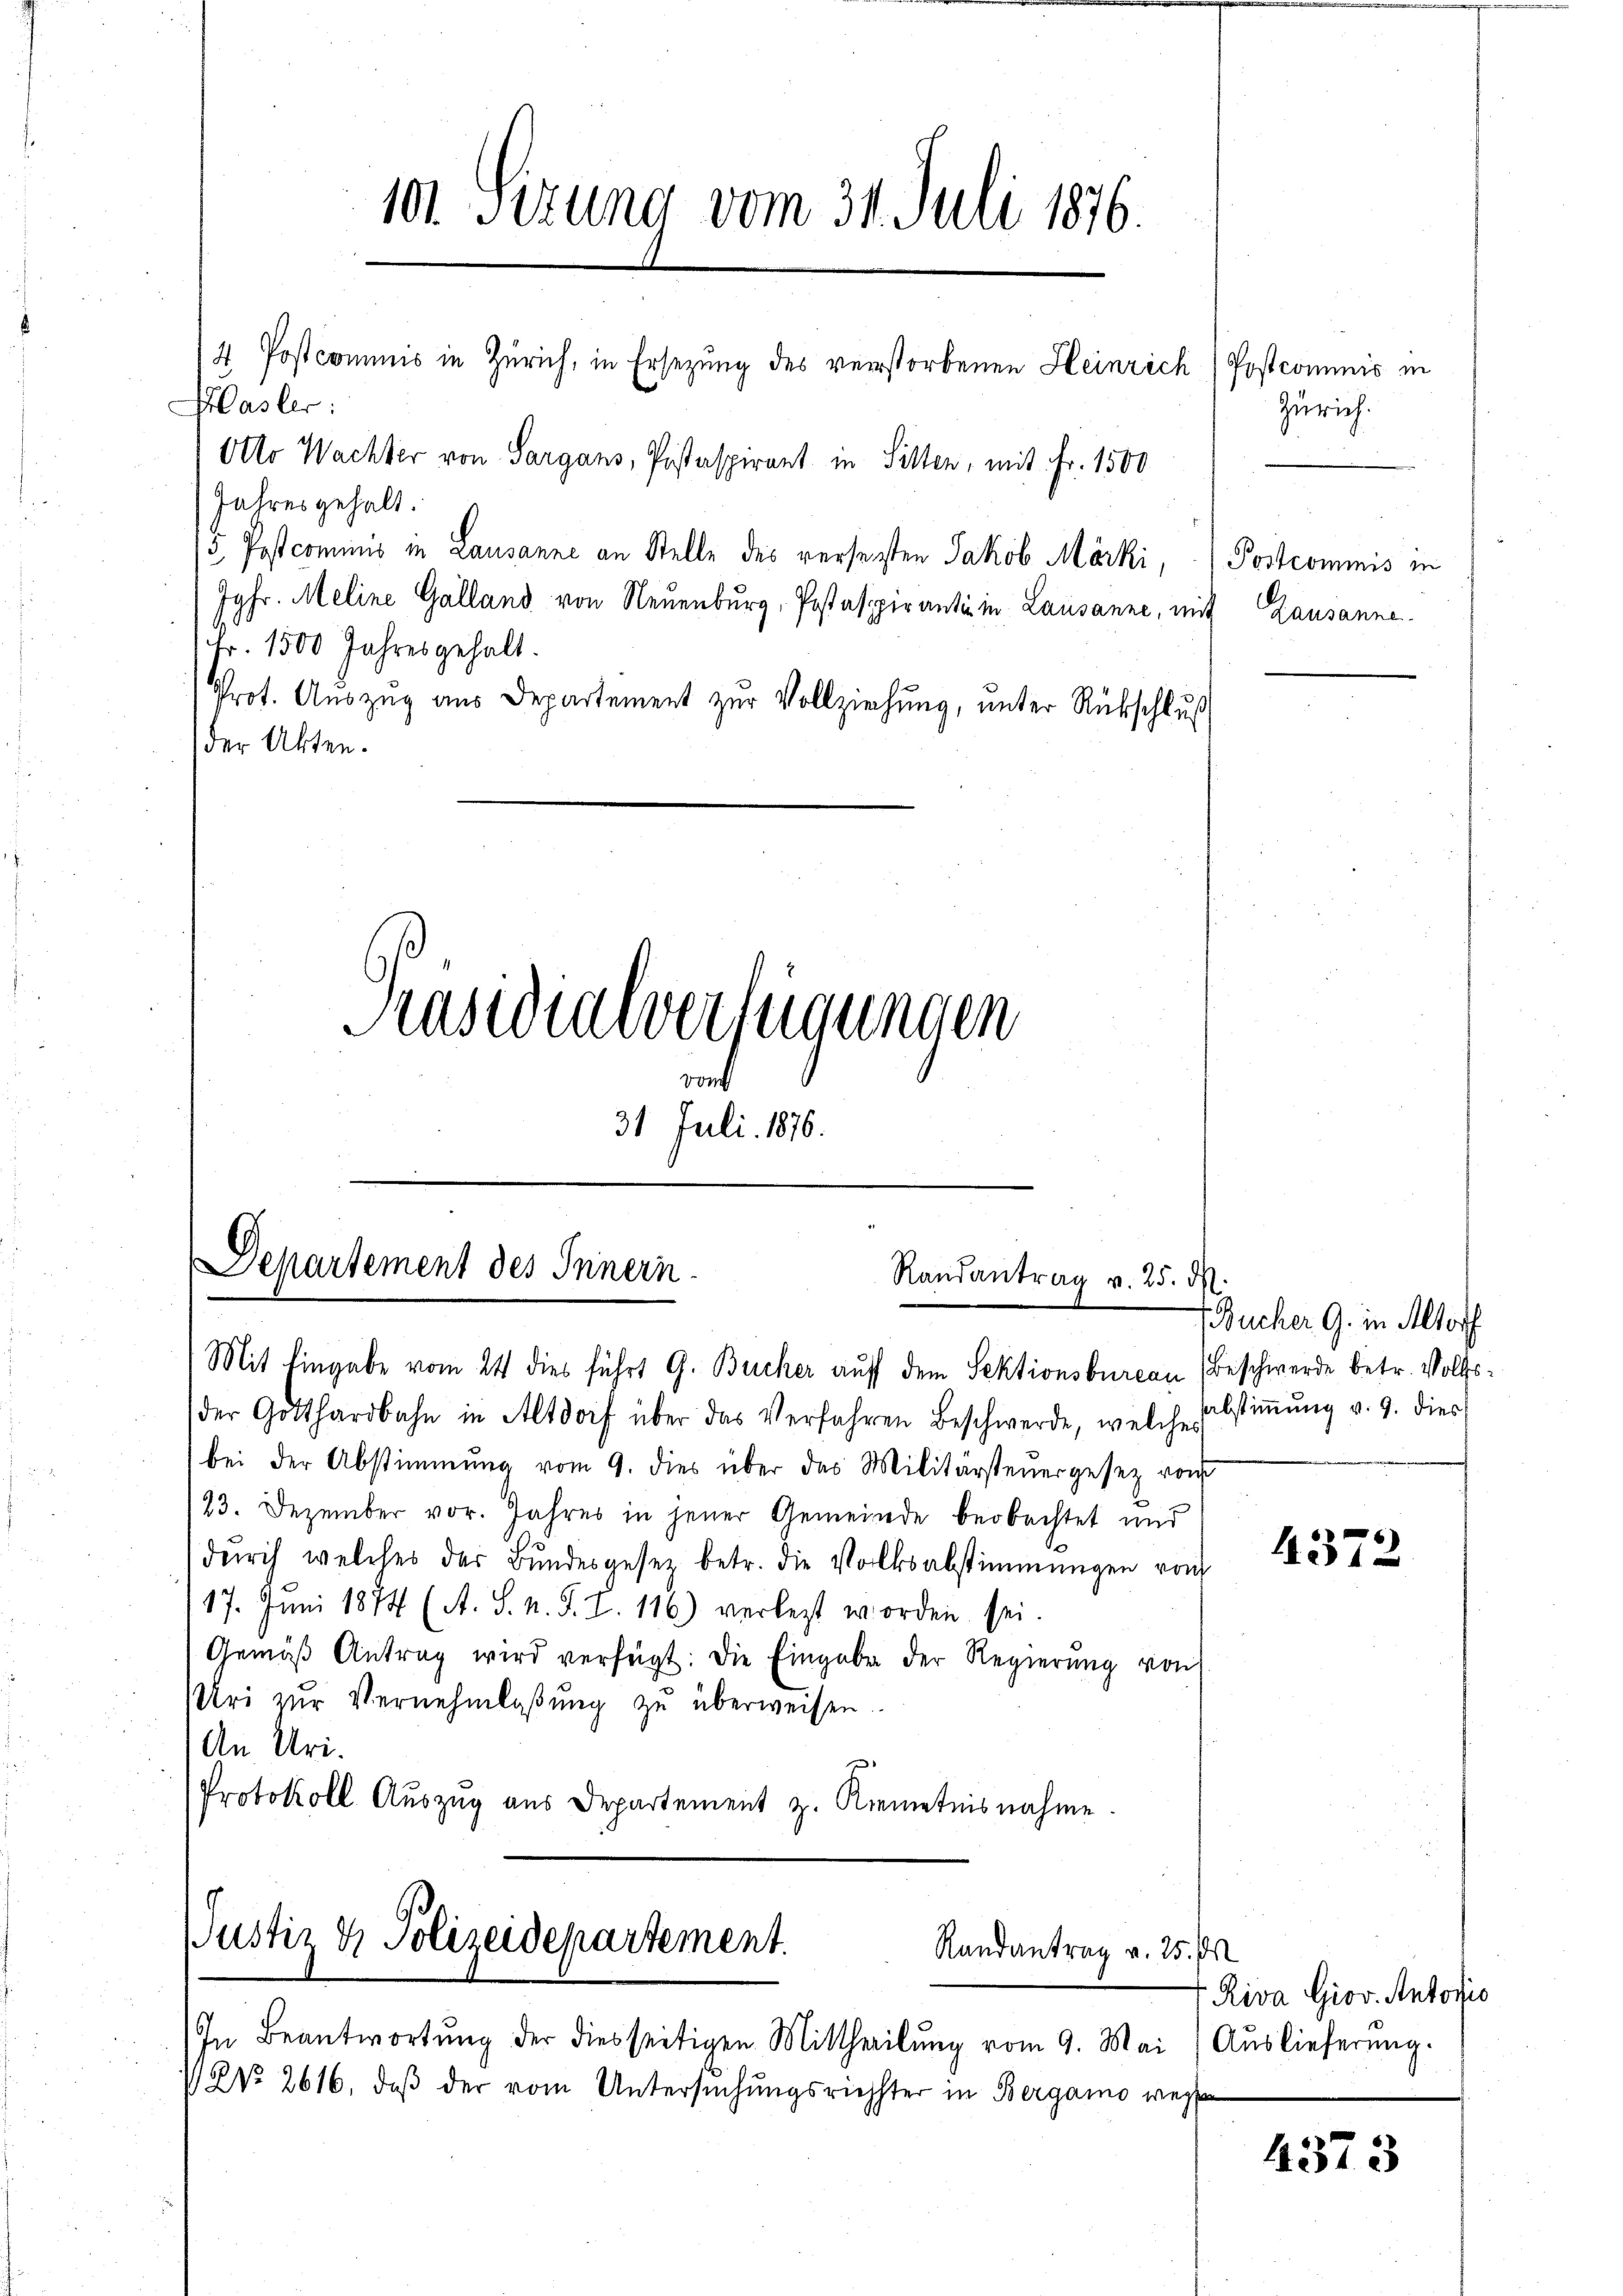
Plaster:
Jahres gehalt.
Jgfr. Meline Galland von Neuenburg, Postaspiranti in Lausanne, mit Lausanne
Fr. 1500 Jahres gehalt.
Prot. Auszug aus Departement zur Vollziehung, unter Rückschluß
der Akten.

Präsidialverfügungen
ront
31 Juli 1876.
.

10. Sizung vom 31. Juli 1876.
4 Postcommis in Zürich, in Ersezung des verstorbenen Heinrich) Postcommis in
Otto Wachter von Sargans, Pistaspirant in Sitten, mit Fr. 1500
5. Postcommis in Lausanne an Stelle des versetzten Jakob Märki,

Departement des Innern.
Randantrag v. 25. d.
Mit Eingabe vom 24 dies führt G. Bucher auf dem Sektionsbureau (Beschwerde betr. Volks¬

Justiz & Polizeidepartement.
Randantrag v. 25. Ok

der Gotthardbahn in Altdorf über das Verfahren Beschwerde, welche Abstiṁŭng v. 9. dies
bei der Abstimmung vom 9. dies über das Militärsteŭergesetz von
23. Dezember vor. Jahres in jener Gemeinde beobachtet und
dŭrch welches der Bŭndesgesetz betr. die Volksabstimmungen von
17. Juni 1874 (A. S. n. F. I. 116) verlegt worden sei.
Gemäβ Antrag wird verfügt: Die Eingabe der Regierŭng von
Uri zŭr Vernehmlaβŭng zŭ überweisen.
An Uri.
Protokoll Auszug aus Departement z. Kenntnisnahme.

In Beantwortŭng der diesseitigen Mittheilŭng vom 9. Mai / Aŭslieferŭng.
 NNo. 2616, daß der vom Untersuchungsrichster in Bergamo wege

Zürich.

Postcommis in

s
(Bucher G. in Altorf

4372

4373

Riva Giov. Antoris